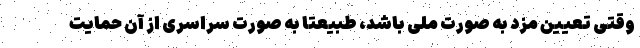
وقتی تعیین مزد به صورت ملی باشد، طبیعتا به صورت سراسری از آن حمایت